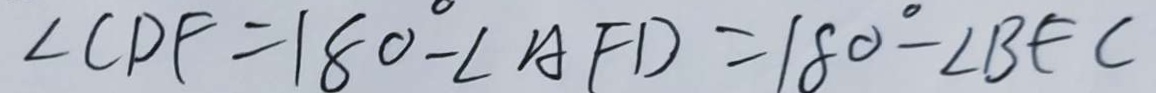
\angle C D F = 1 8 0 ^ { \circ } - \angle A F D = 1 8 0 ^ { \circ } - \angle B F C